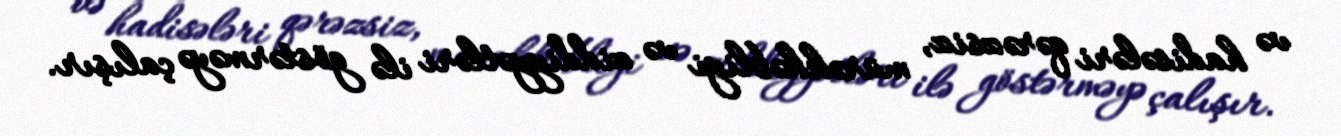
və hadisələri qərəzsiz, mürəkkəbliyi və ziddiyyətləri ilə göstərməyə çalışır.